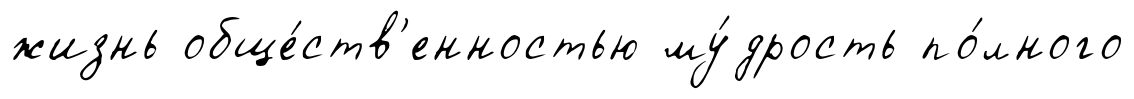
жизнь обще́ств'енностью му́дрость по́лного